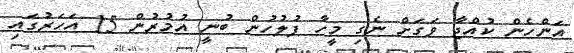
އަންހެން ކުއްޖާ ވަގަށް ނެގި މީހާ ފުލުހުން ބުނީ އުމުރުން 15 އަހަރުގައި